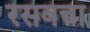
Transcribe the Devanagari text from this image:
रसवत्ता